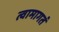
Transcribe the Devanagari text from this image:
त्वामागतं